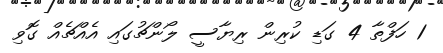
1 ހަފްތާ 4 ގަޑި ކުރިން ރިޔާސީ ލޯންޗުގައި އެއްޗެއް ގޮވި